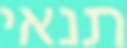
תנאי